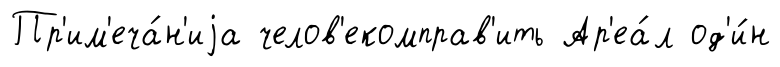
Пр'им'еча́н'иjа челов'екомправ'ить Ар'еа́л од'и́н